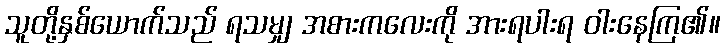
သူတို့နှစ်ယောက်သည် ရသမျှ အစားကလေးကို အားရပါးရ ဝါးနေကြ၏။